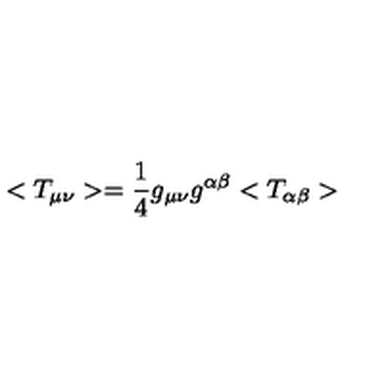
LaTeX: < T _ { \mu \nu } > = \frac { 1 } { 4 } g _ { \mu \nu } g ^ { \alpha \beta } < T _ { \alpha \beta } >